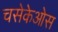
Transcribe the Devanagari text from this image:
चसेकेओस